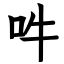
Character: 吽